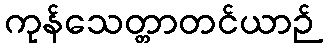
ကုန်သေတ္တာတင်ယာဉ်